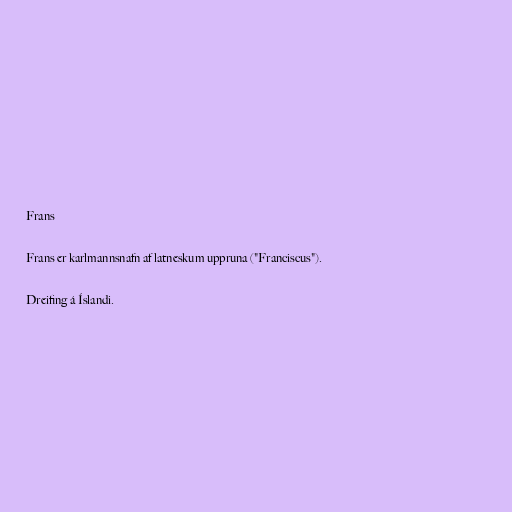
Frans

Frans er karlmannsnafn af latneskum uppruna ("Franciscus").

Dreifing á Íslandi.